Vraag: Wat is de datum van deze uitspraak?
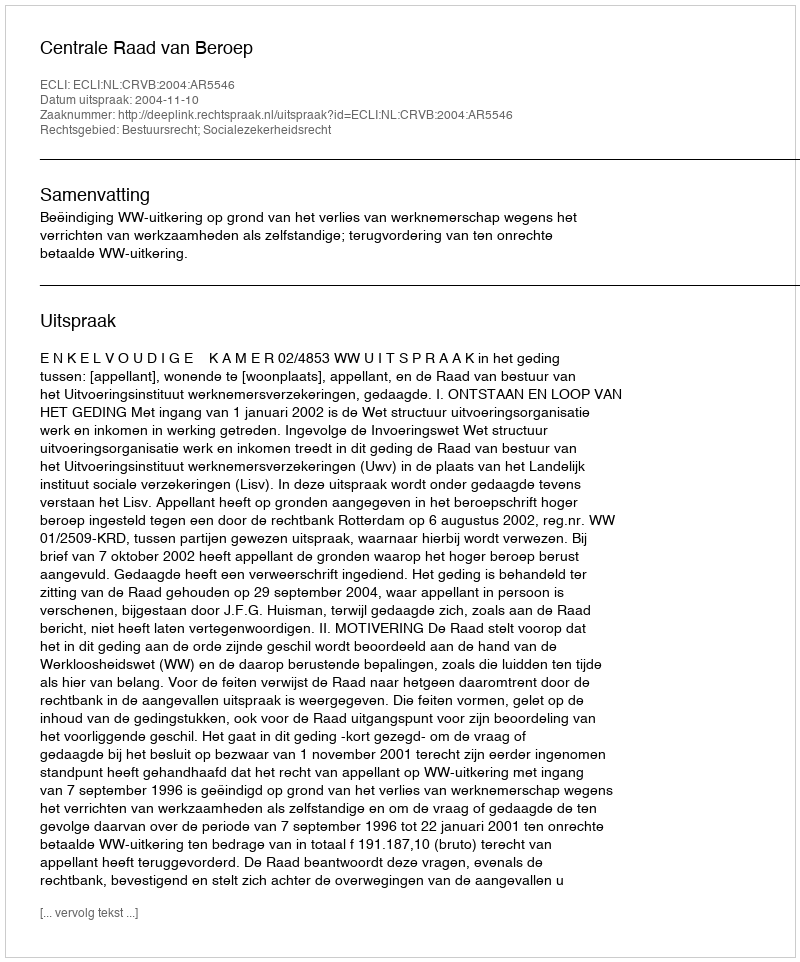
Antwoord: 2004-11-10